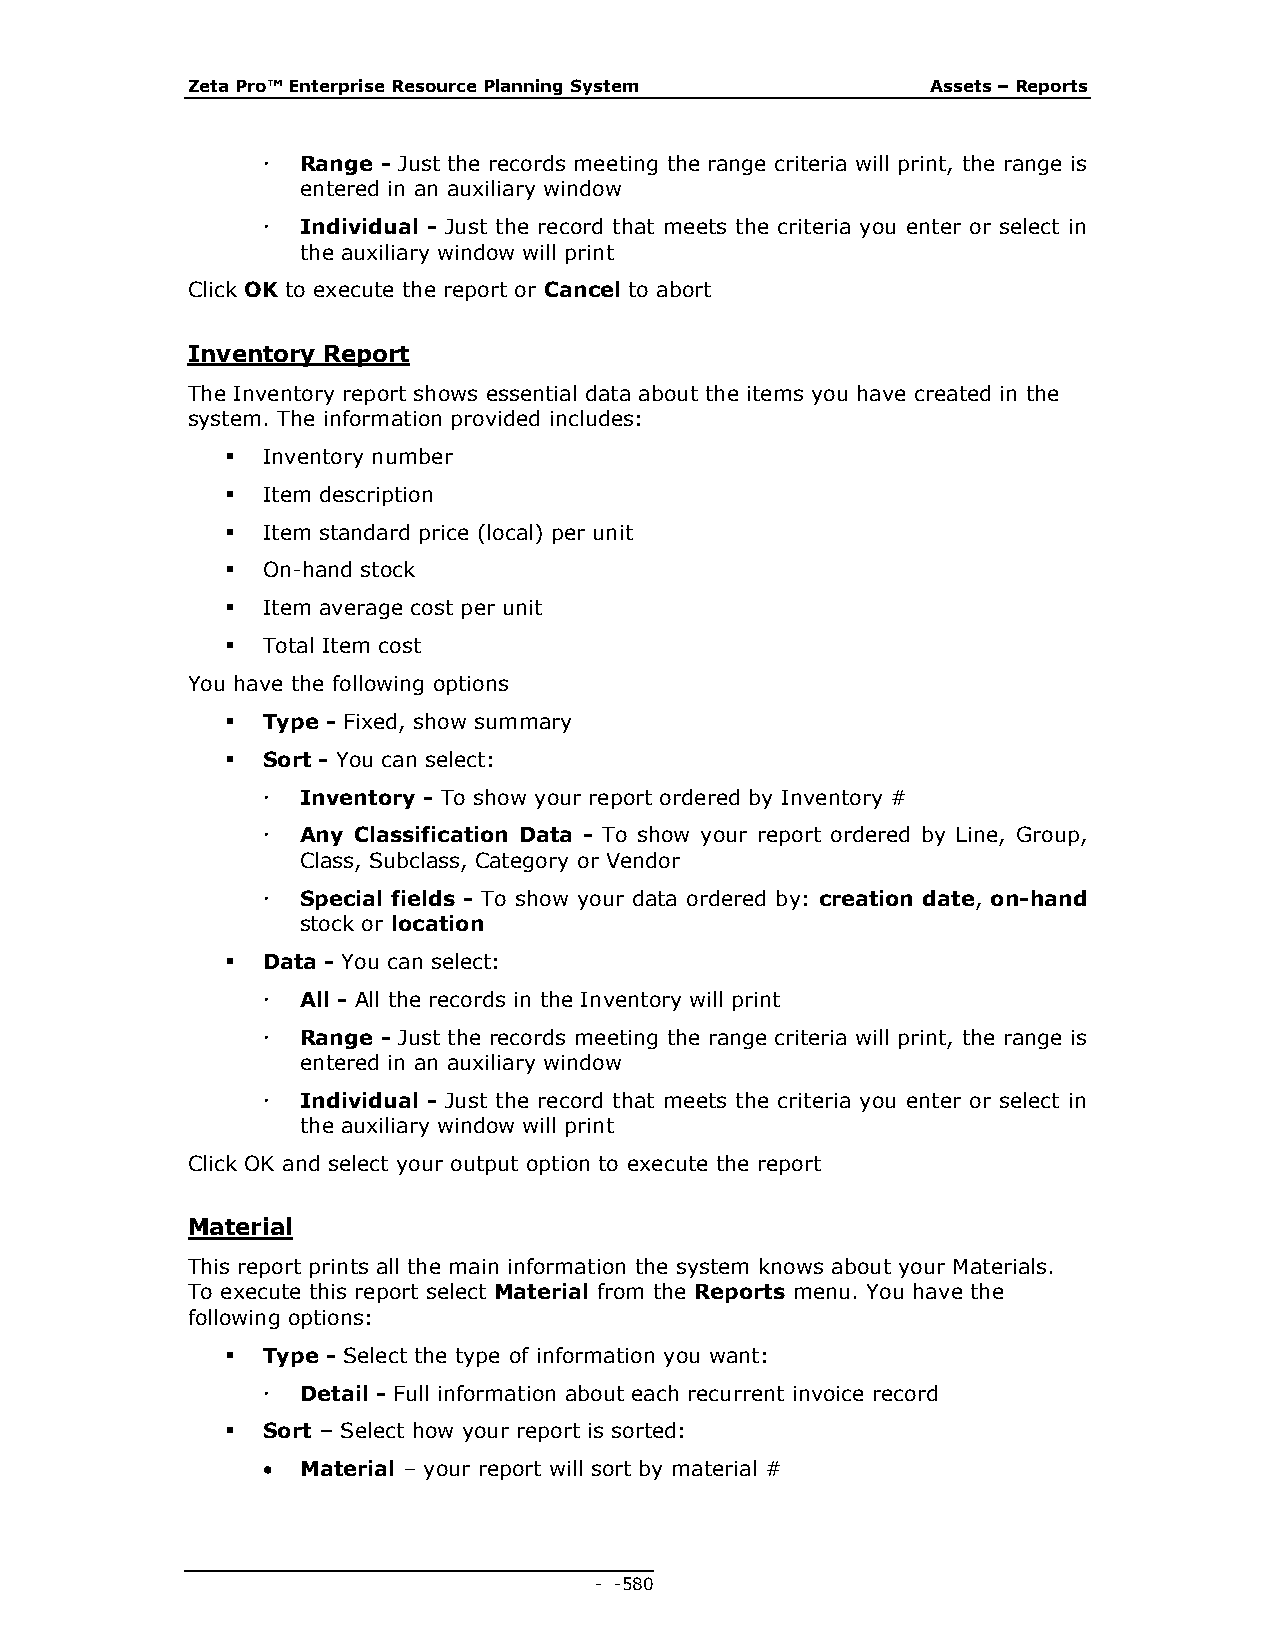
Zeta Pro™ Enterprise Resource Planning System     Assets – Reports
   Range - Just the records meeting the range criteria will print, the range is
 entered in an auxiliary window
   Individual - Just the record that meets the criteria you enter or select in
 the auxiliary window will print
 Click OK to execute the report or Cancel to abort
 Inventory Report
 The Inventory report shows essential data about the items you have created in the
 system. The information provided includes:
  Inventory number
  Item description
  Item standard price (local) per unit
  On-hand stock
  Item average cost per unit
  Total Item cost
 You have the following options
  Type - Fixed, show summary
  Sort - You can select:
   Inventory - To show your report ordered by Inventory #
   Any Classification Data - To show your report ordered by Line, Group,
 Class, Subclass, Category or Vendor
   Special fields - To show your data ordered by: creation date, on-hand
 stock or location
  Data - You can select:
   All - All the records in the Inventory will print
   Range - Just the records meeting the range criteria will print, the range is
 entered in an auxiliary window
   Individual - Just the record that meets the criteria you enter or select in
 the auxiliary window will print
 Click OK and select your output option to execute the report
 Material
 This report prints all the main information the system knows about your Materials.
 To execute this report select Material from the Reports menu. You have the
 following options:
  Type - Select the type of information you want:
   Detail - Full information about each recurrent invoice record
  Sort – Select how your report is sorted:
   Material – your report will sort by material #
 - - 580